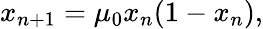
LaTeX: x_{n+1}=\mu_{0}x_{n}(1-x_{n}),